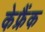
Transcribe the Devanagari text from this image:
केफ्रैंक